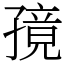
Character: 𫲭